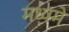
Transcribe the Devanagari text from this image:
मध्यमें